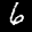
Label: 6